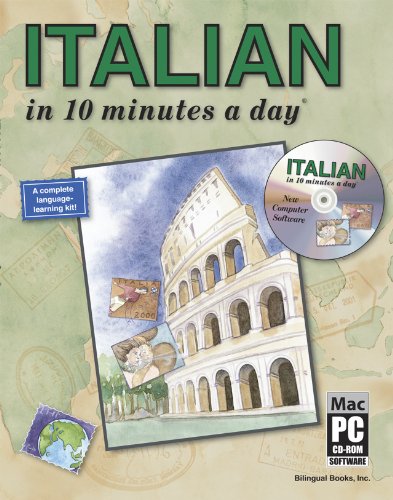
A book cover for ITALIAN in 10 minutes a day with CD-ROM; Kristine K. Kershul; Travel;